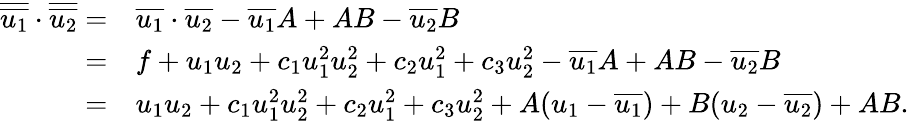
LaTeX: \begin{array}{rl}{\overline{{\overline{{u_{1}}}}}\cdot\overline{{\overline{{u_{2}}}}}=}&{\overline{{u_{1}}}\cdot\overline{{u_{2}}}-\overline{{u_{1}}}A+AB-\overline{{u_{2}}}B}\\ {=}&{f+u_{1}u_{2}+c_{1}u_{1}^{2}u_{2}^{2}+c_{2}u_{1}^{2}+c_{3}u_{2}^{2}-\overline{{u_{1}}}A+AB-\overline{{u_{2}}}B}\\ {=}&{u_{1}u_{2}+c_{1}u_{1}^{2}u_{2}^{2}+c_{2}u_{1}^{2}+c_{3}u_{2}^{2}+A(u_{1}-\overline{{u_{1}}})+B(u_{2}-\overline{{u_{2}}})+AB.}\end{array}